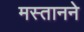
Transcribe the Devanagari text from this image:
मस्तानने